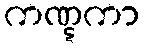
ကဏ္ဋကာ